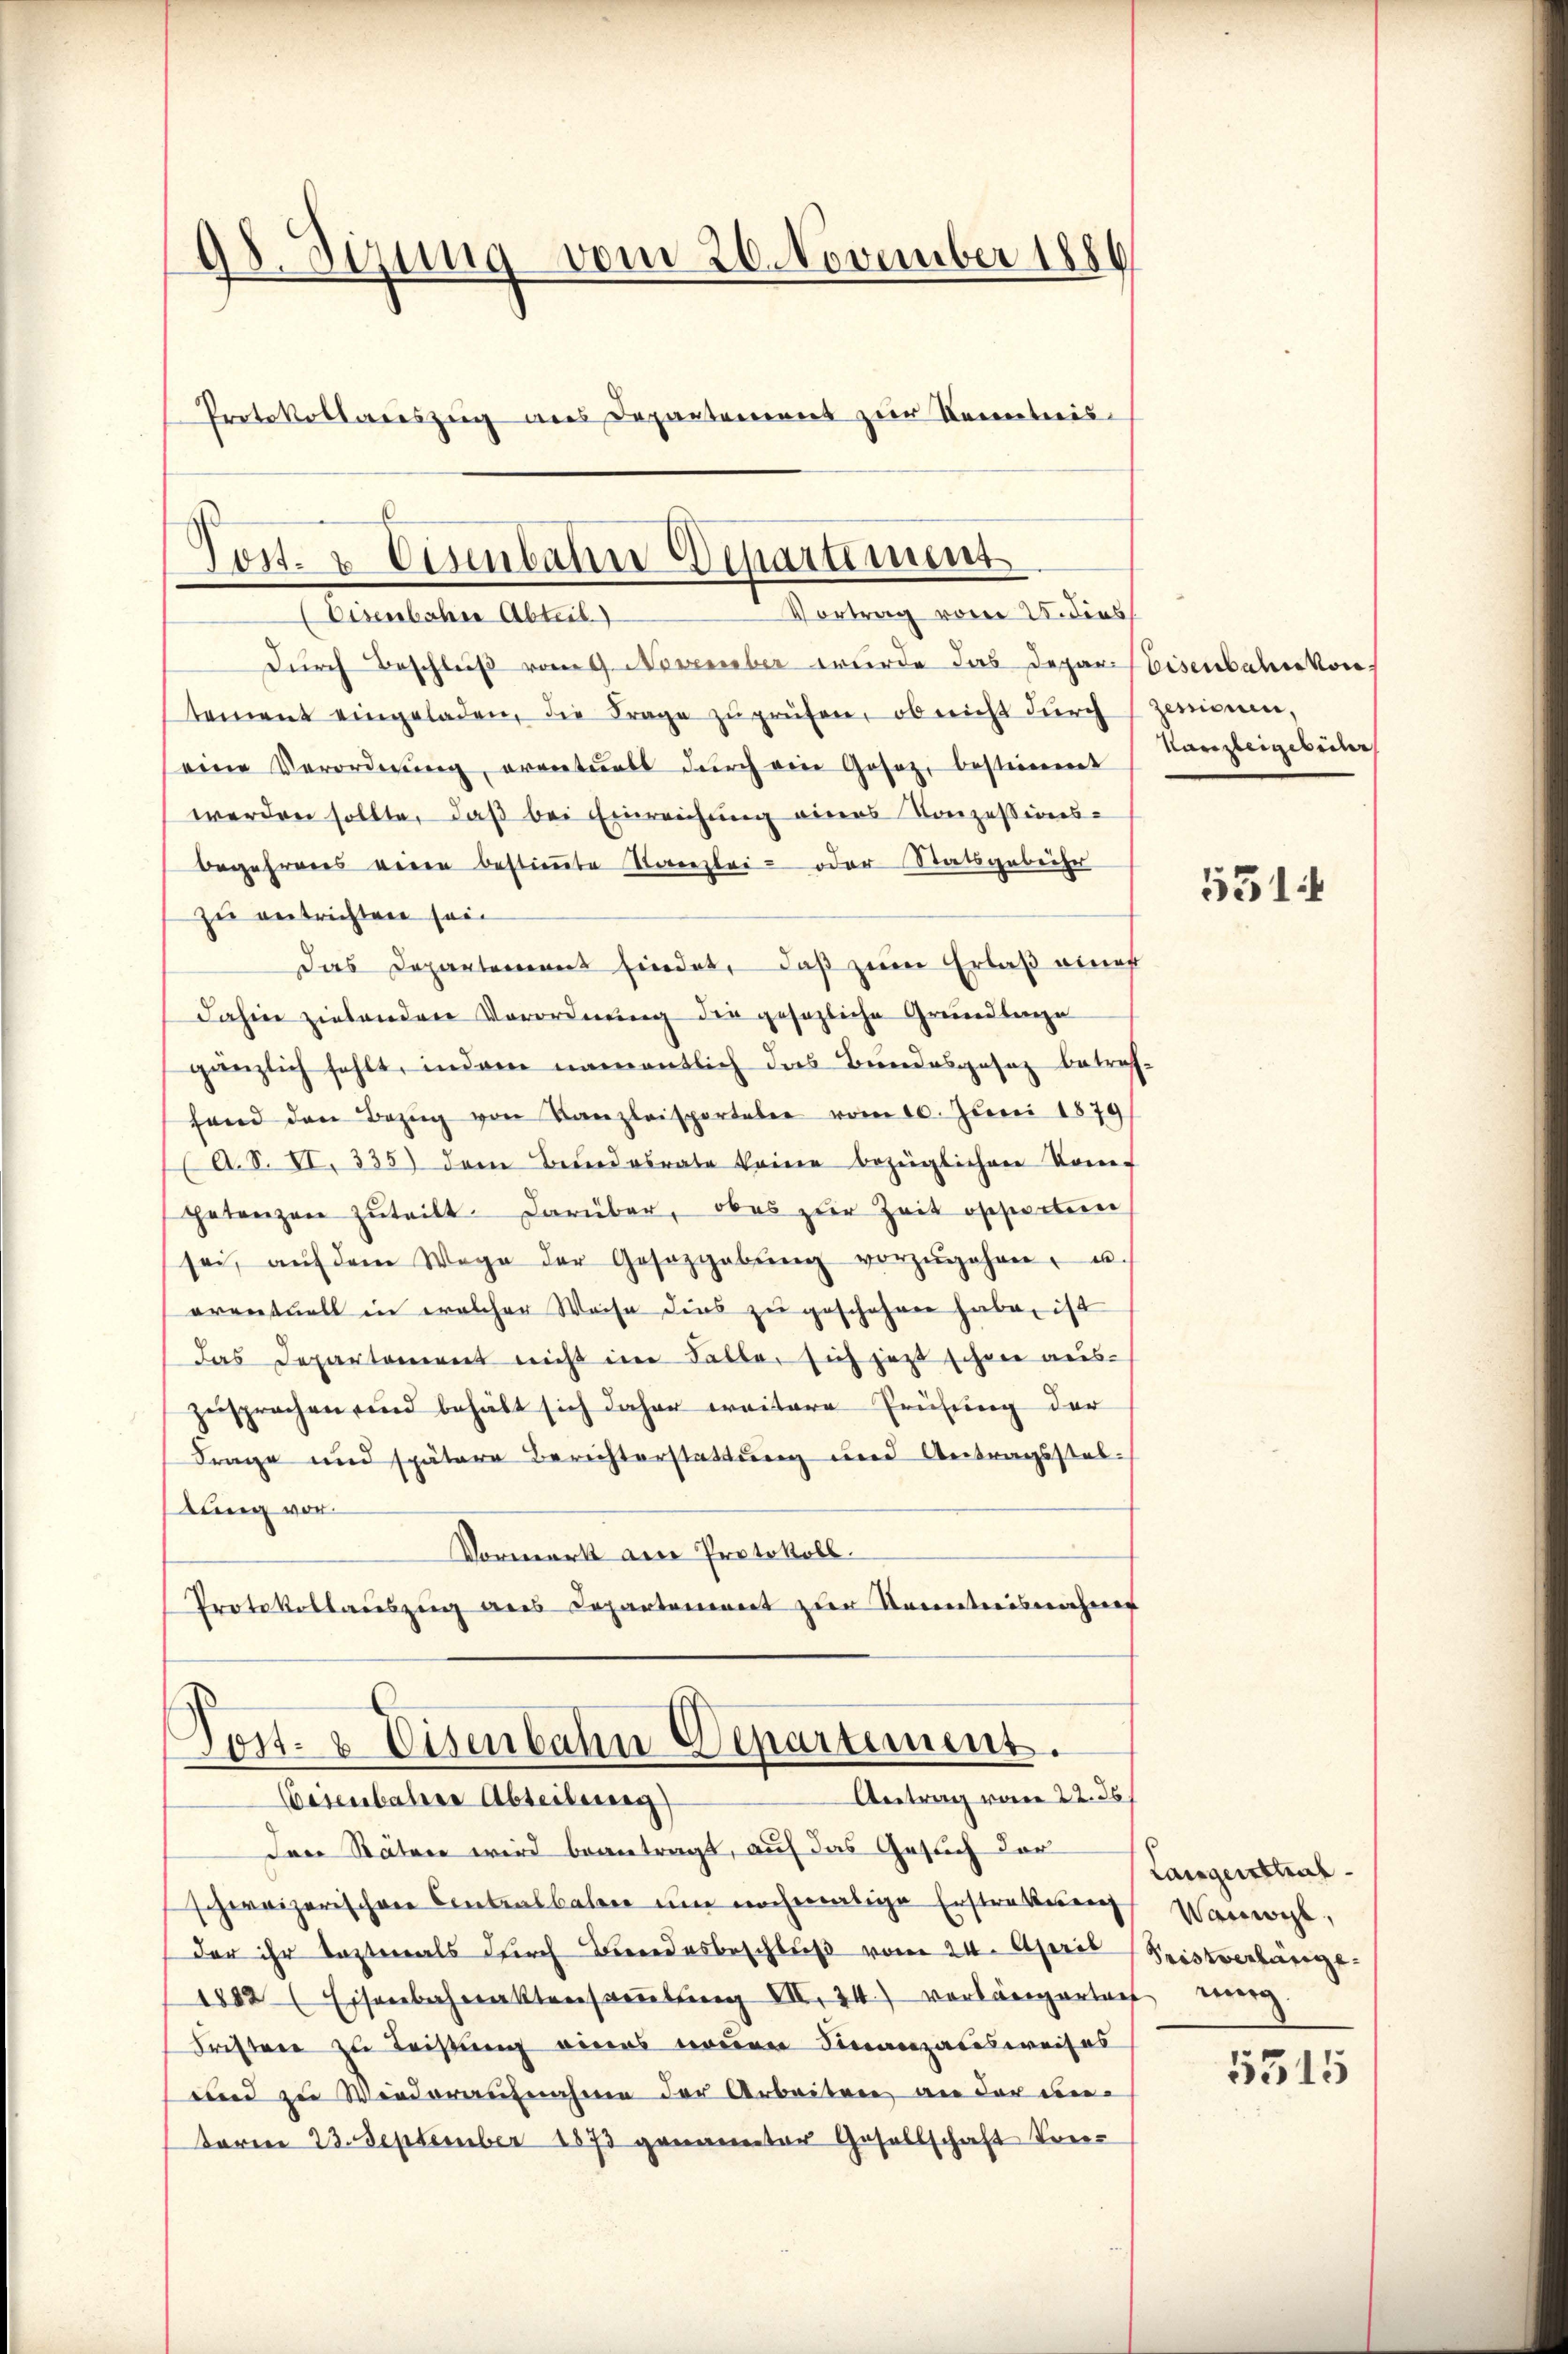
do. Sizung vom 20. November 1886
Protokollariszug aus Departement zur Kenntnis-

Post. 2. Eisenbahn Departement
Vortrag vom 2. dies
Eisenbahre Abteil)

durch Beschluß vom 9. November wurde das Depar Eisenbahnkon
tement eingeladen, die Frage zŭ prüfen, ob nicht dŭrch Zenonen,
seine Verordnŭng, eventuels dŭrch ein Gosaz, bestimmt
werden sollte, daß bei Einreichung eines Konzessions-
begehreres veren bestimmte Vorenzlei- oder Statsgebücher
zu entrichten sein
Das Departement findet, daß zum Erlaß einer
dahin ziehenden Verordnung die gesezliche Grundlage
gänzlich fehlt, indem namentlich das Bundesgesez betreffand den Bezŭg von Kanzleisportaber vom 10. Juni 1879
(A. S. VI. 335) dem Befindesrate keine bezüglichen Kom-
petenzen zŭteilt darüber, obes zŭr Zeit ossierten
sei, aŭf dem Wege der Gesazgabŭng vorzŭgehen, u.
oventuell in welcher Weise dies zŭ geschehen habe, ist
das Departement nicht im Falle, sich jetzt schon auszersprochen und behält sich daher weitere Prüfung der
Frage und spätere Berichterstattung und Antragsstabtung vor.
Vormerk am Protokoll.
Protokollauszung aus Departement zur Kenntnisnahme

Post- & Eisenbahn Departement.
Antrag vom 22. 36
Wesenbahrer Abteilung)

Kanzleigebücher

Den Stäten wird beantragt, auf das Gesuch der
schweizerischen Contralbahn um nochmalige Erstrebung Vorort,
der ihr lezten als durch Bindsbeschlŭβ vom 24. April (Pristverbürge¬
1882 Eisenbahnaktersaṁlŭng III. 24. vorlängertief erg
Fristere zu Leistung eines neuen Finanzausweises
und zu Wiederausnahme der Arbeiten an der un-
toren 23. September 1873 genannter Gesellschaft trei¬

531.

Langensthaf
5315